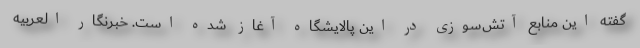
گفته این منابع آتش‌سوزی در این پالایشگاه آغاز شده است. خبرنگار العربیه